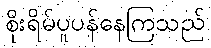
စိုးရိမ်ပူပန်နေကြသည်